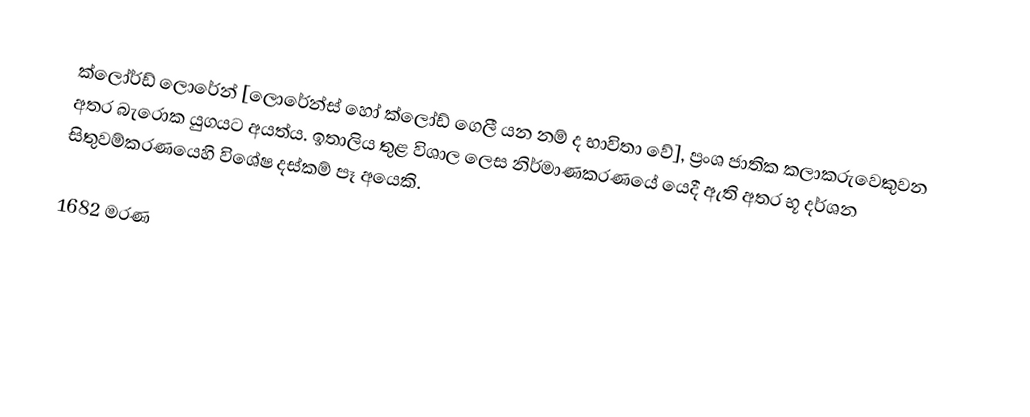
ක්ලෝර්ඩ් ලොරේන් [ලොරේන්ස් හෝ ක්ලෝඩ් ගෙලී යන නම් ද භාවිතා වේ], ප්‍රංශ ජාතික කලාකරුවෙකුවන අතර බැරොක යුගයට අයත්ය. ඉතාලිය තුළ විශාල ලෙස නිර්මාණකරණයේ යෙදී ඇති අතර භූ දර්ශන සිතුවම්කරණයෙහි විශේෂ දස්කම් පෑ අයෙකි.

1682 මරණ